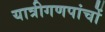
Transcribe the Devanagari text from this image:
यात्रीगणपांचों